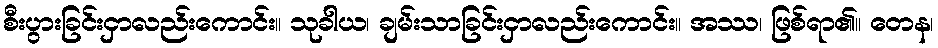
စီးပွားခြင်းငှာလည်းကောင်း။ သုခါယ၊ ချမ်းသာခြင်းငှာလည်းကောင်း။ အဿ၊ ဖြစ်ရာ၏။ တေန၊